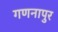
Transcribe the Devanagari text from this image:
गणनापुर